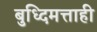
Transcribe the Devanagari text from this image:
बुध्दिमत्ताही